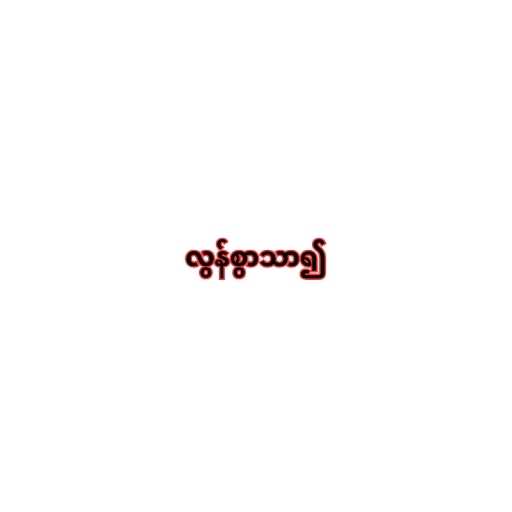
လွန်စွာသာ၍